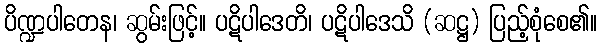
ပိဏ္ဍပါတေန၊ ဆွမ်းဖြင့်။ ပဋိပါဒေတိ၊ ပဋိပါဒေသိ (ဆဋ္ဌ) ပြည့်စုံစေ၏။